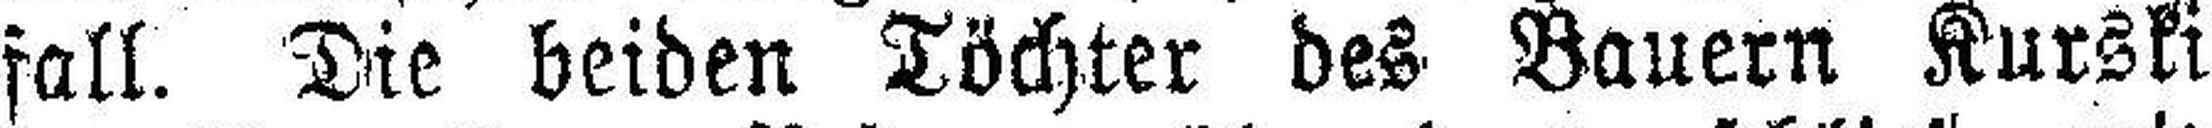
fall. Die beiden Töchter des Bauern Kurski